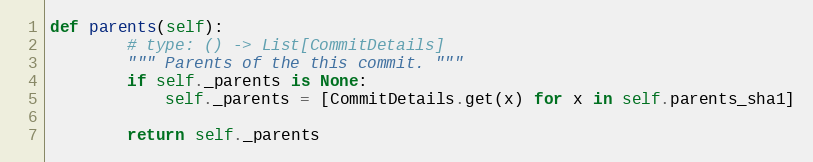
Language: Python
def parents(self):
        # type: () -> List[CommitDetails]
        """ Parents of the this commit. """
        if self._parents is None:
            self._parents = [CommitDetails.get(x) for x in self.parents_sha1]

        return self._parents